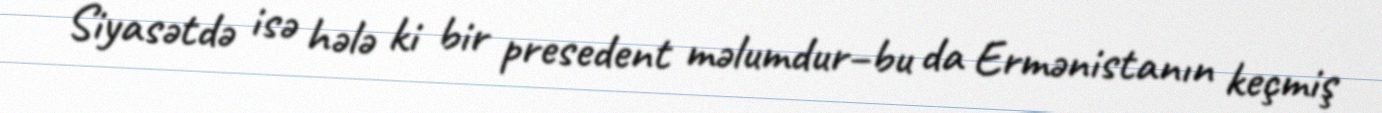
Siyasətdə isə hələ ki bir presedent məlumdur–bu da Ermənistanın keçmiş